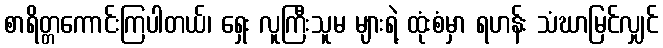
စာရိတ္တကောင်းကြပါတယ်၊ ရှေး လူကြီးသူမ များရဲ့ ထုံးစံမှာ ရဟန်း သံဃာမြင်လျှင်